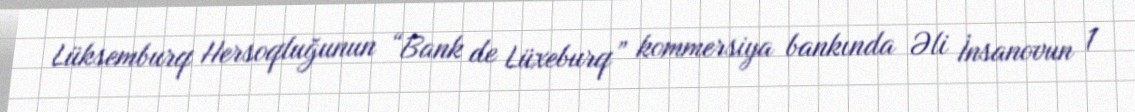
Lüksemburq Hersoqluğunun “Bank de Lüxeburq” kommersiya bankında Əli İnsanovun 1